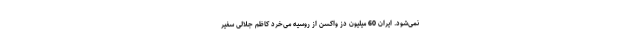
نمی‌شود. ایران 60 میلیون دُز واکسن از روسیه می‌خرد کاظم جلالی سفیر